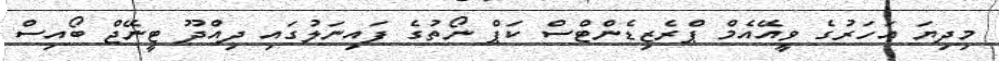
މިދިޔަ އަހަރުގެ ވީއޭއެމް ޕްރެޒިޑެންޓްސް ކަޕް ނޯތުގެ ފައިނަލުގައި ދިއްދޫ ޓީނޭޖް ބޯއިސް